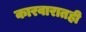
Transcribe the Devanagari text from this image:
कारवारातही